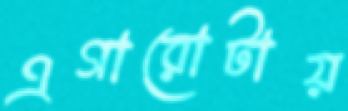
এগারোটায়